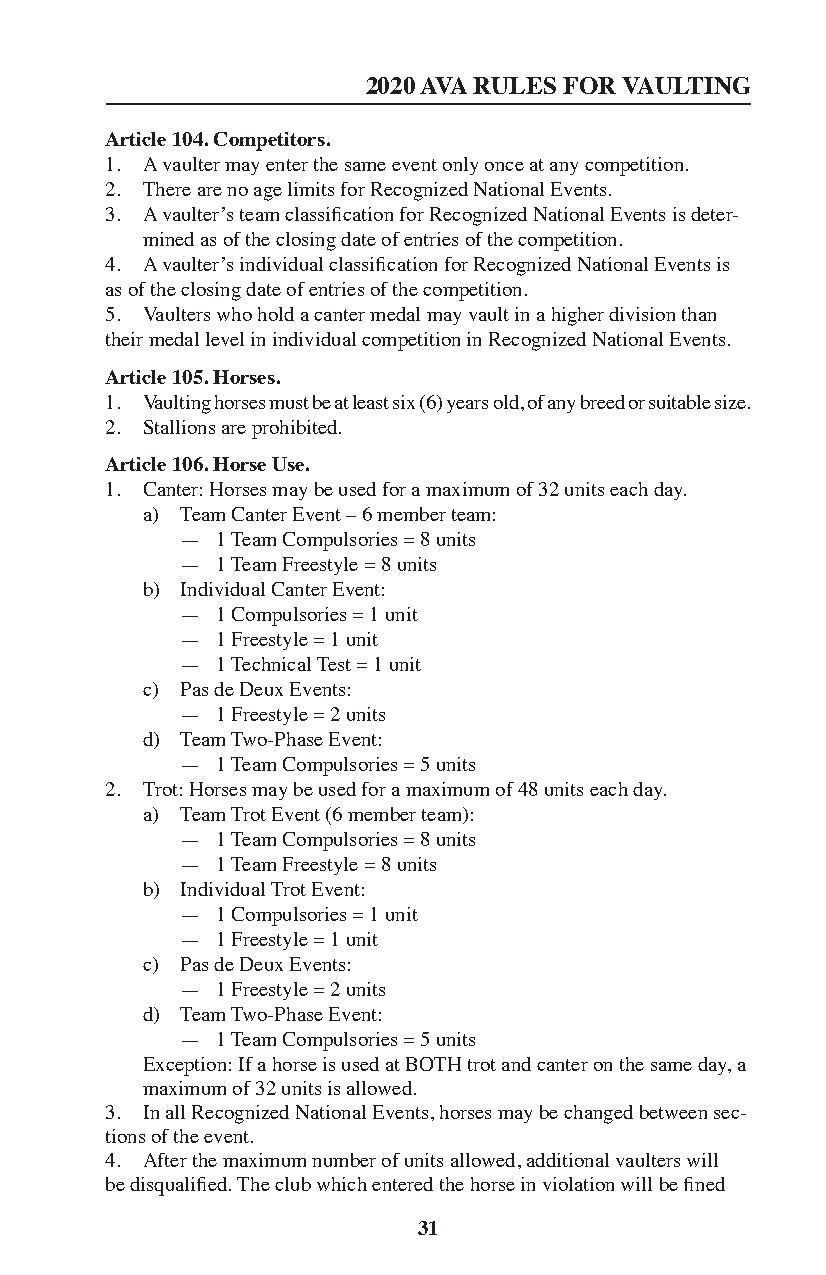
2020 AVA RULES FOR VAULTING
 Article 104. Competitors.
 1. A vaulter may enter the same event only once at any competition.
 2. There are no age limits for Recognized National Events.
 3. A vaulter’s team classification for Recognized National Events is deter-
 mined as of the closing date of entries of the competition.
 4. A vaulter’s individual classification for Recognized National Events is
 as of the closing date of entries of the competition.
 5. Vaulters who hold a canter medal may vault in a higher division than
 their medal level in individual competition in Recognized National Events.
 Article 105. Horses.
 1. Vaulting horses must be at least six (6) years old, of any breed or suitable size.
 2. Stallions are prohibited.
 Article 106. Horse Use.
 1. Canter: Horses may be used for a maximum of 32 units each day.
 a) Team Canter Event – 6 member team:
 — 1 Team Compulsories = 8 units
 — 1 Team Freestyle = 8 units
 b) Individual Canter Event:
 — 1 Compulsories = 1 unit
 — 1 Freestyle = 1 unit
 — 1 Technical Test = 1 unit
 c) Pas de Deux Events:
 — 1 Freestyle = 2 units
 d) Team Two-Phase Event:
 — 1 Team Compulsories = 5 units
 2. Trot: Horses may be used for a maximum of 48 units each day.
 a) Team Trot Event (6 member team):
 — 1 Team Compulsories = 8 units
 — 1 Team Freestyle = 8 units
 b) Individual Trot Event:
 — 1 Compulsories = 1 unit
 — 1 Freestyle = 1 unit
 c) Pas de Deux Events:
 — 1 Freestyle = 2 units
 d) Team Two-Phase Event:
 — 1 Team Compulsories = 5 units
 Exception: If a horse is used at BOTH trot and canter on the same day, a
 maximum of 32 units is allowed.
 3. In all Recognized National Events, horses may be changed between sec-
 tions of the event.
 4. After the maximum number of units allowed, additional vaulters will
 be disqualified. The club which entered the horse in violation will be fined
 31